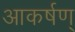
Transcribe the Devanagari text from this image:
आकर्षण्